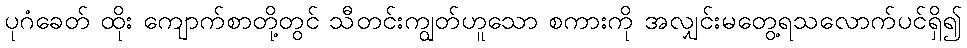
ပုဂံခေတ် ထိုး ကျောက်စာတို့တွင် သီတင်းကျွတ်ဟူသော စကားကို အလျှင်းမတွေ့ရသလောက်ပင်ရှိ၍